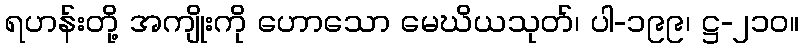
ရဟန်းတို့ အကျိုးကို ဟောသော မေဃိယသုတ်၊ ပါ-၁၉၉၊ ဋ္ဌ-၂၁၀။